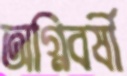
অগ্নিবর্ষী